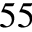
^ { 5 5 }